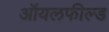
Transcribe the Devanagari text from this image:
ऑयलफील्ड